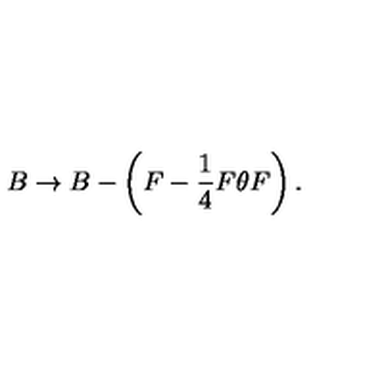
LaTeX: B \rightarrow B - \left( F - \frac { 1 } { 4 } F \theta F \right) .